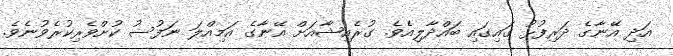
އަދި އޭނާގެ ދަރިފުޅު ގައިގައި ބައްދާލިއެވެ. ގުރެއިޝާއަށް އޭނާގެ އަމިއްލަ ނަފުސު ކުށްވެރިކުރެވުނެވެ.